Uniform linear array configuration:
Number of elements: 12
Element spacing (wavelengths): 1
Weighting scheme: uniform
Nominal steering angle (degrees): -30
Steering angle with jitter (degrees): -30.774
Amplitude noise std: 0.05
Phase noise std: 0.05

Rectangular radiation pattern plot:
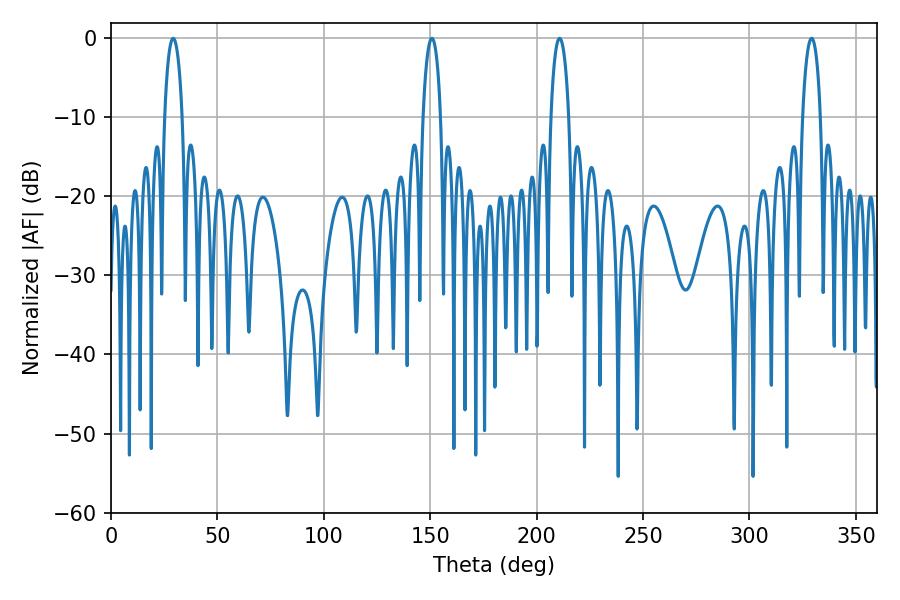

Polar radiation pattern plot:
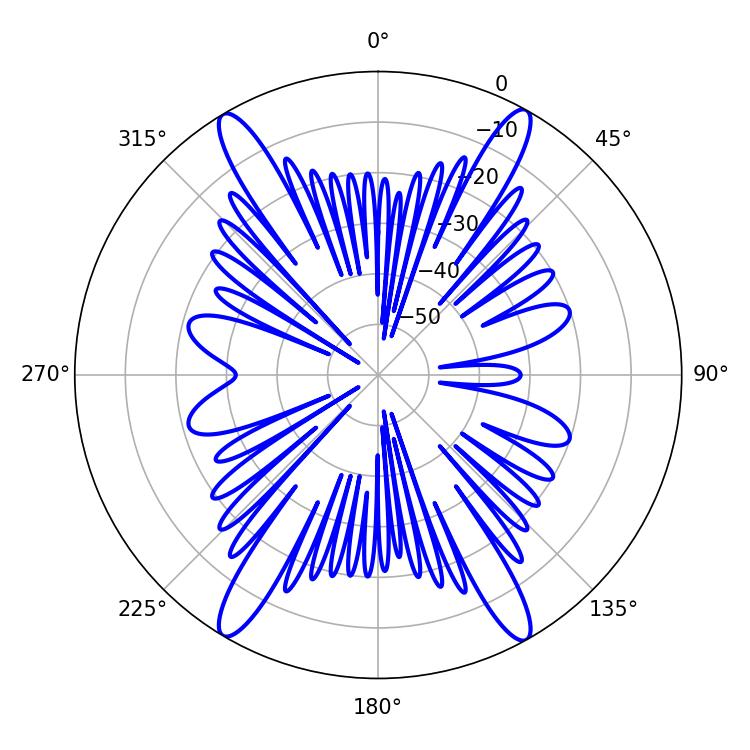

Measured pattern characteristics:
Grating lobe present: TRUE
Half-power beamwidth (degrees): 4.86
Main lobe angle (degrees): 210.78